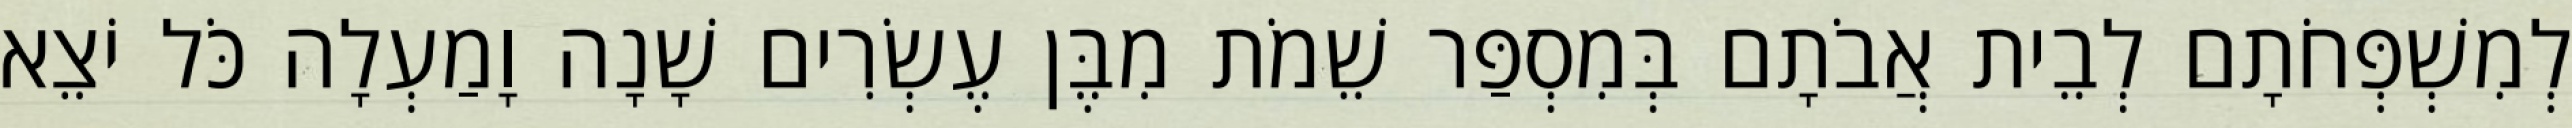
לְמִשְׁפְּחֹתָם לְבֵית אֲבֹתָם בְּמִסְפַּר שֵׁמֹת מִבֶּן עֶשְׂרִים שָׁנָה וָמַעְלָה כֹּל יֹצֵא